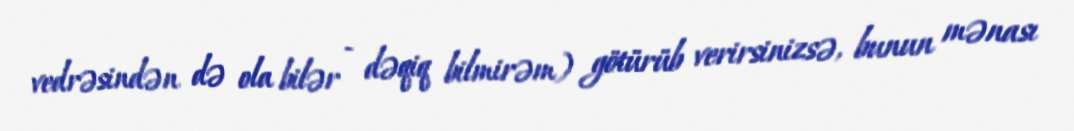
vedrəsindən də ola bilər - dəqiq bilmirəm) götürüb verirsinizsə, bunun mənası